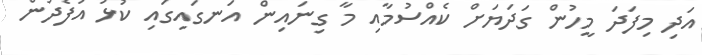
އަދި މިފަދަ މީހުން ގަދަޔަށް ކެއްސުމާއި މާ ގިނައިން އަނގައިގައި ކުޅު އުފެދުން